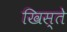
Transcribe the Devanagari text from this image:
खिस्ते